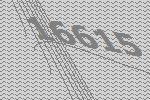
16615